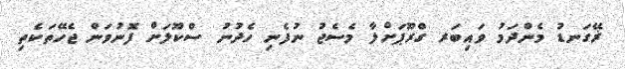
ޜޭގަނޑު މެންދަމު ވައިބަރ ގްރޫޕަށްލާ މެސެޖު ނުފެނި ހެދުނު ސްކޫލަށް ފޮނުވަން ޖެހޭތަކެތި